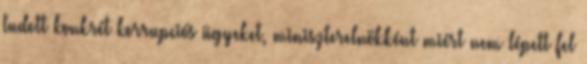
tudott konkrét korrupciós ügyeket, miniszterelnökként miért nem lépett fel